Report of the Indian Hemp Drugs Commission, 1894-1895 - Volume VI
Year: 1894
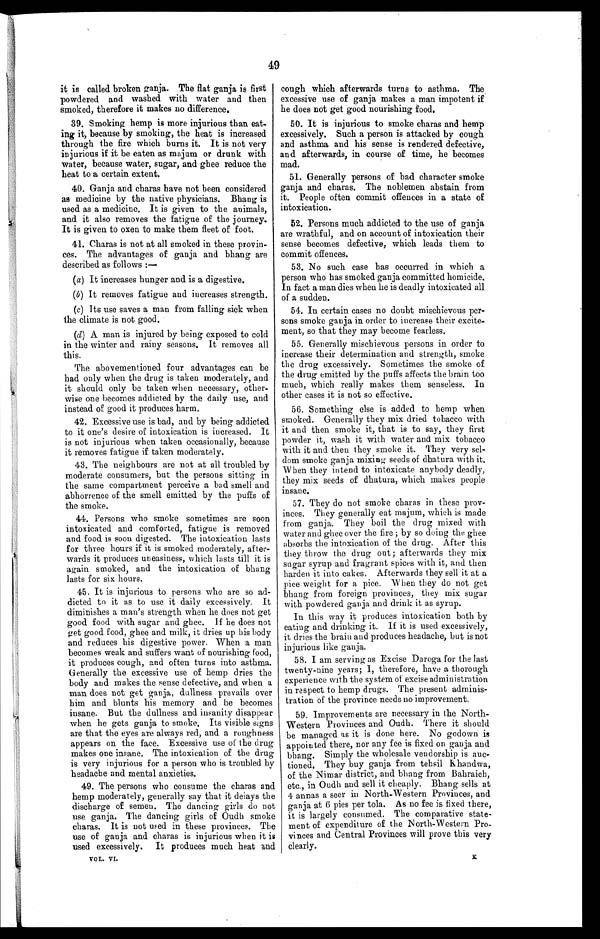
49
it is called broken ganja. The flat ganja is first
powdered and washed with water and then
smoked, therefore it makes no difference.
39. Smoking hemp is more injurious than eat-
ing it, because by smoking, the heat is increased
through the fire which burns it. It is not very
injurious if it be eaten as majum or drunk with
water, because water, sugar, and ghee reduce the
heat to a certain extent.
40. Ganja and charas have not been considered
as medicine by the native physicians. Bhang is
used as a medicine. It is given to the animals,
and it also removes the fatigue of the journey.
It is given to oxen to make them fleet of foot.
41. Charas is not at all smoked in these provin-
ces. The advantages of ganja and bhang are
described as follows : —
(a) It increases hunger and is a digestive.
(b) It removes fatigue and increases strength.
(c) Its use saves a man from falling sick when
the climate is not good.
(d) A man is injured by being exposed to cold
in the winter and rainy seasons. It removes all
this.
The abovementioned four advantages can be
had only when the drug is taken moderately, and
it should only be taken when necessary, other-
wise one becomes addicted by the daily use, and
instead of good it produces harm.
42. Excessive use is bad, and by being addicted
to it one's desire of intoxication is increased. It
is not injurious when taken occasionally, because
it removes fatigue if taken moderately.
43. The neighbours are not at all troubled by
moderate consumers, but the persons sitting in
the same compartment perceive a bad smell and
abhorrence of the smell emitted by the puffs of
the smoke.
44. Persons who smoke sometimes are soon
intoxicated and comforted, fatigue is removed
and food is soon digested. The intoxication lasts
for three hours if it is smoked moderately, after-
wards it produces uneasiness, which lasts till it is
again smoked, and the intoxication of bhang
lasts for six hours.
45. It is injurious to persons who are so ad-
dicted to it as to use it daily excessively. It
diminishes a man's strength when he does not get
good food with sugar and ghee. If he does not
get good food, ghee and milk, it dries up his body
and reduces his digestive power. When a man
becomes weak and suffers want of nourishing food,
it produces cough, and often turns into asthma.
Generally the excessive use of hemp dries the
body and makes the sense defective, and when a
man does not get ganja, dullness prevails over
him and blunts his memory and he becomes
insane. But the dullness and insanity disappear
when he gets ganja to smoke. Its visible signs
are that the eyes are always red, and a roughness
appears on the face. Excessive use of the drug
makes one insane. The intoxication of the drug
is very injurious for a person who is troubled by
headache and mental anxieties.
49. The persons who consume the charas and
hemp moderately, generally say that it delays the
discharge of semen. The dancing girls do not
use ganja. The dancing girls of Oudh smoke
charas. It is not used in these provinces. The
use of ganja and charas is injurious when it is
u s e d . e x c e s s i v e l y . I t p r o d u c e s m u c h h e a t a n d
VOL. VI.
cough which afterwards turns to asthma. The
excessive use of ganja makes a man impotent if
he does not get good nourishing food.
50. It is injurious to smoke charas and hemp
excessively. Such a person is attacked by cough
and asthma and his sense is rendered defective,
and afterwards, in course of time, he becomes
mad.
51. Generally persons of bad character smoke
ganja and charas. The noblemen abstain from
it. People often commit offences in a state of
intoxication.
52. Persons much addicted to the use of ganja
are wrathful, and on account of intoxication their
sense becomes defective, which leads them to
commit offences.
53. No such case has occurred in which a
person who has smoked ganja committed homicide.
In fact a man dies when he is deadly intoxicated all
of a sudden.
54. In certain cases no doubt mischievous per-
sons smoke ganja in order to increase their excite-
ment, so that they may become fearless.
55. Generally mischievous persons in order to
increase their determination and strength, smoke
the drug excessively. Sometimes the smoke of
the drug emitted by the puffs affects the brain too
much, which really makes them senseless. In
other cases it is not so effective.
56. Something else is added to hemp when
smoked. Generally they mix dried tobacco with
it and then smoke it, that is to say, they first
powder it, wash it with water and mix tobacco
with it and then they smoke it. They very sel-
dom smoke ganja mixing seeds of dhatura with it.
When they intend to intoxicate anybody deadly,
they mix seeds of dhatura, which makes people
insane.
57. They do not smoke charas in these prov-
inces. They generally eat majum, which is made
from ganja. They boil the drug mixed with
water and ghee over the fire ; by so doing the ghee
absorbs the intoxication of the drug. After this
they throw the drug out; afterwards they mix
sugar syrup and fragrant spices with it, and then
harden it into cakes. Afterwards they sell it at a
pice weight for a pice. When they do not get
bhang from foreign provinces, they mix sugar
with powdered ganja and drink it as syrup.
In this way it produces intoxication both by
eating and drinking it. If it is used excessively,
it dries the brain and produces headache, but is not
injurious like ganja.
58. I am serving as Excise Daroga for the last
twenty-nine years; I, therefore, have a thorough
experience with the system of excise administration
in respect to hemp drugs. The present adminis-
tration of the province needs no improvement.
59. Improvements are necessary in the North-
Western Provinces and Oudh. There it should
be managed as it is done here. No godown is
appointed there, nor any fee is fixed on ganja and
bhang. Simply the wholesale vendorship is auc-
tioned. They buy ganja from tehsil Khandwa,
of the Nimar district, and bhang from Bahraich,
etc., in Oudh and sell it cheaply. Bhang sells at
4 annas a seer in North-Western Provinces, and
ganja at 6 pies per tola. As no fee is fixed there,
it is largely consumed. The comparative state-
ment of expenditure of the North-Western Pro--
vinces and Central Provinces will prove this very
clearly.